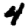
Digit: 4